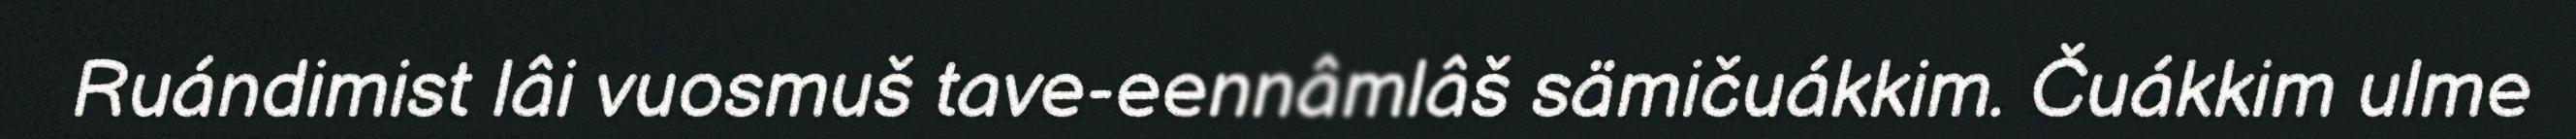
Ruándimist lâi vuosmuš tave-eennâmlâš sämičuákkim. Čuákkim ulme